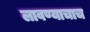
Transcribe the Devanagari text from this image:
लावण्याचाच